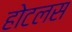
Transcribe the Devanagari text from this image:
होटलस